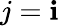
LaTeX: j=\mathbf{i}